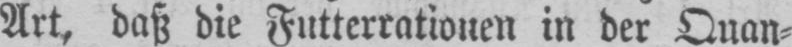
Art, daß die Futterrationen in der Quan⸗